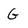
Character: G